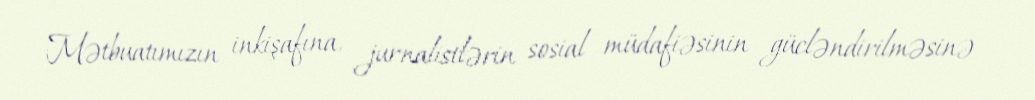
Mətbuatımızın inkişafına, jurnalistlərin sosial müdafiəsinin gücləndirilməsinə